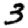
Digit: 3